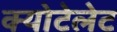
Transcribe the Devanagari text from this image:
क्योटेलेट